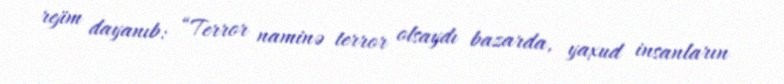
rejim dayanıb: “Terror naminə terror olsaydı bazarda, yaxud insanların